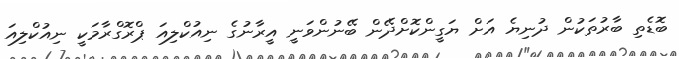
ބޮޑެތި ބާރުތަކުން ދުނިޔެ އަށް ޔަގީންކޮށްދޭން ބޭނުންވަނީ އީރާނުގެ ނިއުކްލިއަ ޕްރޮގްރާމަކީ ނިއުކްލިއަ